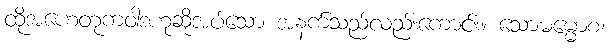
ထိုအဟေတုကဝါဒဟုဆိုအပ်သော အနက်သည်လည်းကောင်း။ သောဓမ္မောစ၊